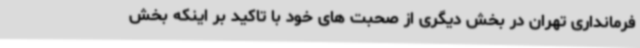
فرمانداری تهران در بخش دیگری از صحبت های خود با تاکید بر اینکه بخش